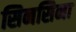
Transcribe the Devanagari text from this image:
सिनसिना